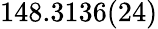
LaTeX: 148.3136(24)